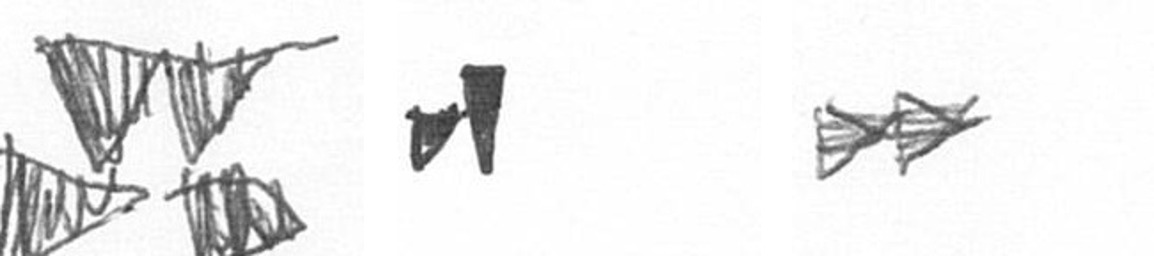
B M A